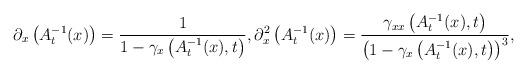
LaTeX: \begin{align*} \partial_x \left(A_t^{-1}(x)\right) = \frac{1}{1-\gamma_x\left(A_t^{-1}(x),t\right)}, \partial_x^2 \left(A_t^{-1}(x)\right) = \frac{\gamma_{xx}\left(A_t^{-1}(x),t\right)}{\left(1-\gamma_x\left(A_t^{-1}(x),t\right)\right)^3},\end{align*}